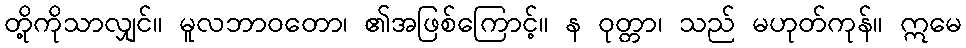
တို့ကိုသာလျှင်။ မူလဘာဝတော၊ ၏အဖြစ်ကြောင့်။ န ဝုတ္တာ၊ သည် မဟုတ်ကုန်။ ဣမေ